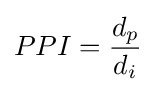
PPI={\frac {d_{p}}{d_{i}}}